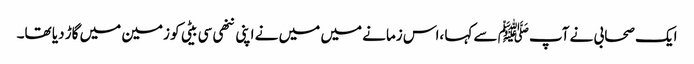
ایک صحابی نے آپﷺ سے کہا ،اس زمانے میں میں نے اپنی ننھی سی بیٹی کو زمین میں گاڑ دیا تھا۔